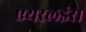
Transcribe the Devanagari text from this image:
एयरलइंस